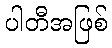
ပါတီအဖြစ်